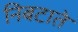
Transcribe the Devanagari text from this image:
निबटाते